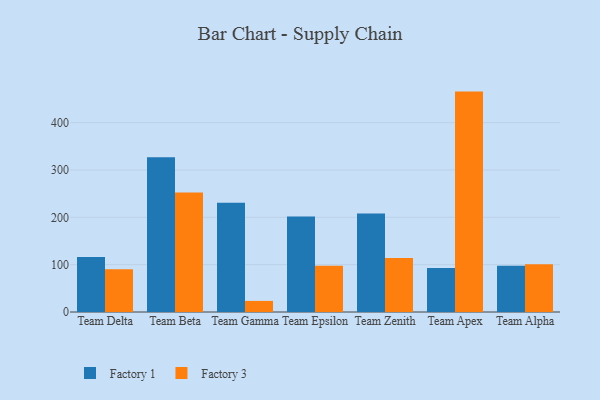
{"axis": {"x": "Team", "y": "Headcount"}, "legend": ["Factory 1", "Factory 3"], "data": [{"x": "Team Delta", "y": 116.1, "type": "Factory 1"}, {"x": "Team Delta", "y": 90.2, "type": "Factory 3"}, {"x": "Team Beta", "y": 326.9, "type": "Factory 1"}, {"x": "Team Beta", "y": 252.5, "type": "Factory 3"}, {"x": "Team Gamma", "y": 231.0, "type": "Factory 1"}, {"x": "Team Gamma", "y": 23.4, "type": "Factory 3"}, {"x": "Team Epsilon", "y": 201.5, "type": "Factory 1"}, {"x": "Team Epsilon", "y": 97.7, "type": "Factory 3"}, {"x": "Team Zenith", "y": 207.8, "type": "Factory 1"}, {"x": "Team Zenith", "y": 114.0, "type": "Factory 3"}, {"x": "Team Apex", "y": 92.9, "type": "Factory 1"}, {"x": "Team Apex", "y": 465.5, "type": "Factory 3"}, {"x": "Team Alpha", "y": 97.5, "type": "Factory 1"}, {"x": "Team Alpha", "y": 100.6, "type": "Factory 3"}]}